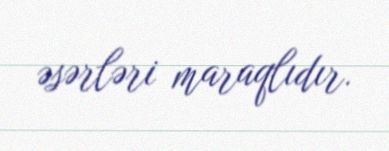
əsərləri maraqlıdır.